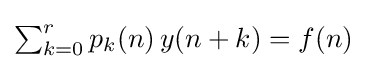
{\textstyle \sum _{k=0}^{r}p_{k}(n)\,y(n+k)=f(n)}